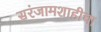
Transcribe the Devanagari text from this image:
सरंजामशाहीचा